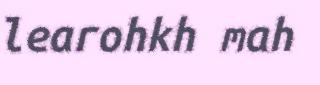
learohkh mah